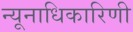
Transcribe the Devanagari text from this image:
न्यूनाधिकारिणी